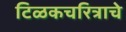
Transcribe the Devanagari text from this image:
टिळकचरित्राचे